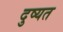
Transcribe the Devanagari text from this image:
दुष्यत